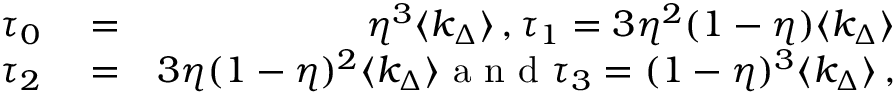
\begin{array} { r l r } { \tau _ { 0 } } & { { } = } & { \eta ^ { 3 } \langle k _ { \Delta } \rangle \, , \tau _ { 1 } = 3 \eta ^ { 2 } ( 1 - \eta ) \langle k _ { \Delta } \rangle } \\ { \tau _ { 2 } } & { { } = } & { 3 \eta ( 1 - \eta ) ^ { 2 } \langle k _ { \Delta } \rangle \mathrm { ~ a ~ n ~ d ~ } \tau _ { 3 } = ( 1 - \eta ) ^ { 3 } \langle k _ { \Delta } \rangle \, , } \end{array}